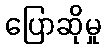
ပြောဆိုမှု